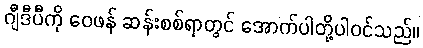
ဂျီဒီပီကို ဝေဖန် ဆန်းစစ်ရာတွင် အောက်ပါတို့ပါဝင်သည်။